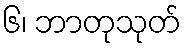
၆၊ ဘာတုသုတ်